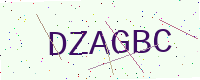
Text: DZAGBC